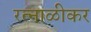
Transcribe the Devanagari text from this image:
रत्नाळीकर